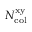
N _ { \mathrm { c o l } } ^ { \mathrm { x y } }